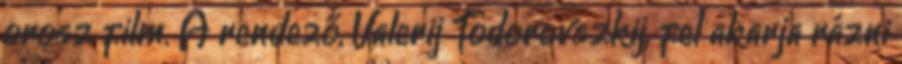
orosz film. A rendező, Valerij Todorovszkij, fel akarja rázni